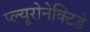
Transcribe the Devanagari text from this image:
प्ल्यूरोनेक्टिडे